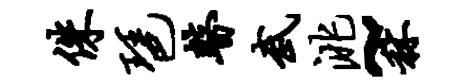
侏琶瞽武洮~秫